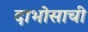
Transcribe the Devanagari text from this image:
दाभोसाची